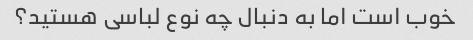
خوب است اما به دنبال چه نوع لباسی هستید؟